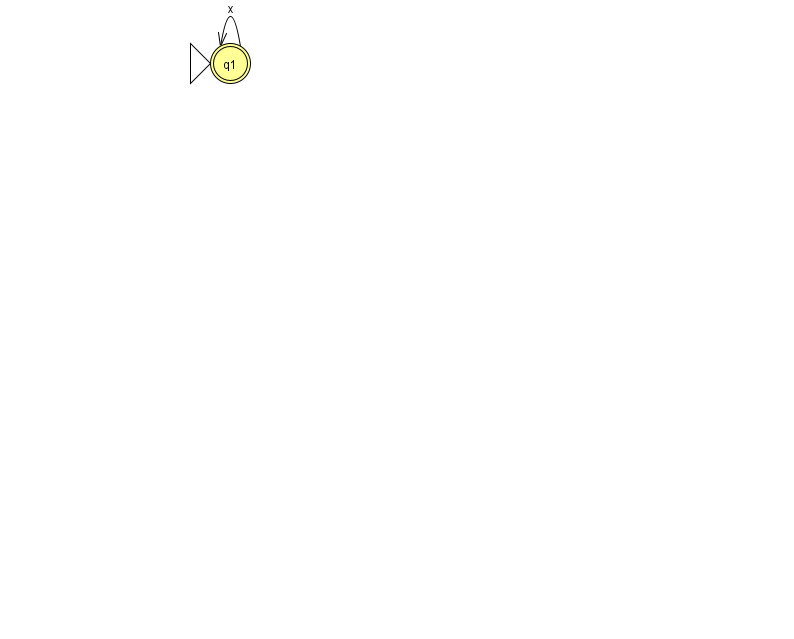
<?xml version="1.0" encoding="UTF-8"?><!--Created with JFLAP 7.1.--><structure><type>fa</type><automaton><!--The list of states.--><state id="1" name="q1"><x>230.0</x><y>50.0</y><initial/><final/></state><!--The list of transitions.--><transition><from>1</from><to>1</to><read>x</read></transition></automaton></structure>